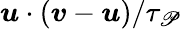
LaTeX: \boldsymbol{u}\cdot(\boldsymbol{v}-\boldsymbol{u})/\tau_{\mathscr{P}}